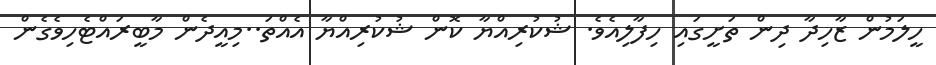
ހީލަމުން ޒާހިދާ ދިން ތަށީގައި ހިފާލިއެވެ. ޝުކުރިއްޔާ ކޮން ޝުކުރިއްޔާ އެއްތަ..މިއީދެން މާބީރައްޓެހިވެގެން